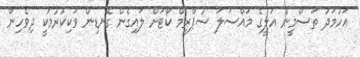
އަހުމަދު ތަސްމީން އަލީގެ މައްސަލަ ސުޕްރީމް ކޯޓަށް ލައިގެން ގޮނޑިން ވަކިކުރުމަކީ ދިވެހިން